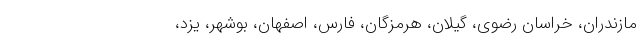
مازندران، خراسان رضوی، گیلان، هرمزگان، فارس، اصفهان، بوشهر، یزد،